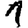
Digit: 1